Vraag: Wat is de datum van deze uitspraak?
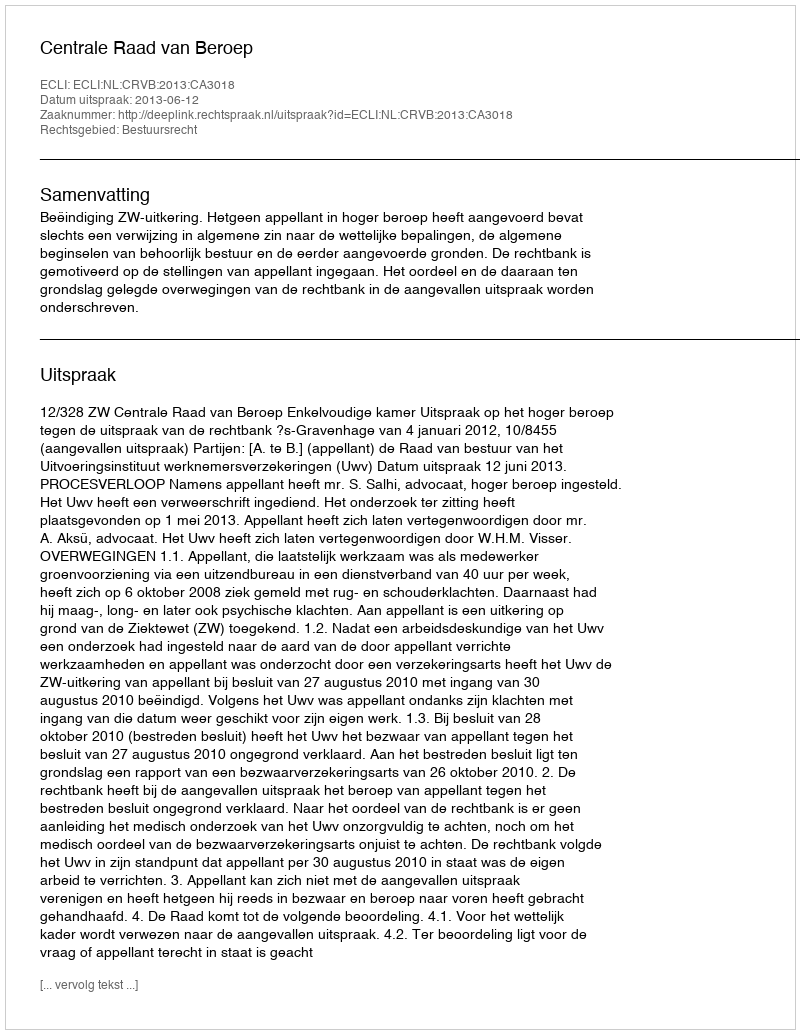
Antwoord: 2013-06-12